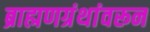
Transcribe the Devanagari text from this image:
ब्राह्मणग्रंथांवरून